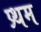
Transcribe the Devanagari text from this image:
प्र्थम